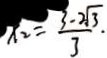
x _ { 2 } = \frac { 3 - 2 \sqrt { 3 } } { 3 } .